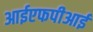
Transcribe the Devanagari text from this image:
आईएफपीआई